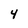
Character: 4